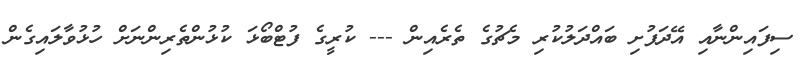
ސިފައިންނާއި އޭދަފުށި ބައްދަލުކުރި މެޗުގެ ތެރެއިން --- ކުރީގެ ފުޓްބޯޅަ ކުޅުންތެރިންނަށް ހުޅުވާލައިގެން